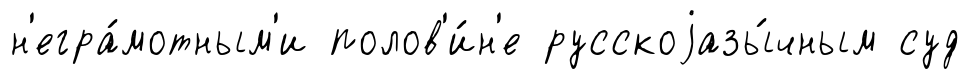
н'егра́мотным'и полов'и́н'е русскоjазы́чным суд